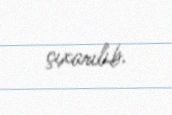
çıxarılıb.